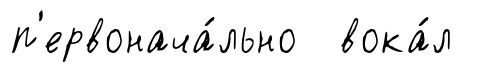
п'ервонача́льно вока́л